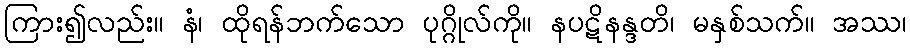
ကြား၍လည်း။ နံ၊ ထိုရန်ဘက်သော ပုဂ္ဂိုလ်ကို။ နပဋိနန္ဒတိ၊ မနှစ်သက်။ အဿ၊